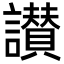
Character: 讃